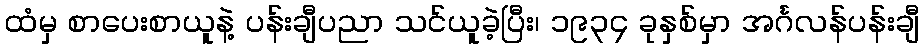
ထံမှ စာပေးစာယူနဲ့ ပန်းချီပညာ သင်ယူခဲ့ပြီး၊ ၁၉၃၄ ခုနှစ်မှာ အင်္ဂလန်ပန်းချီ